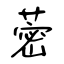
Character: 蔤